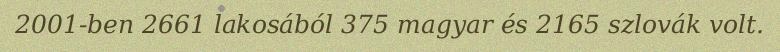
2001-ben 2661 lakosából 375 magyar és 2165 szlovák volt.